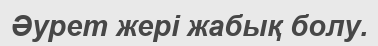
Әурет жері жабық болу.